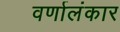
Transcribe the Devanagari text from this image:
वर्णालंकार